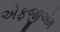
એફજીએમ